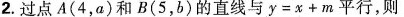
2.过点A(4，a)和B(5，b)的直线与$$y = x + m$$平行，则